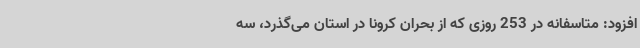
افزود: متاسفانه در 253 روزی که از بحران کرونا در استان می‌گذرد، سه